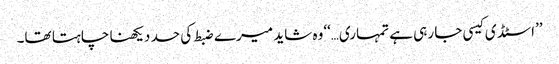
’’اسٹڈی کیسی جا رہی ہے تمہاری…‘‘وہ شاید میرے ضبط کی حد دیکھنا چاہتا تھا۔